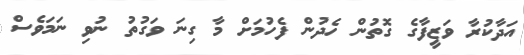
އަދާކުރާ ވަޒީފާގެ ގޮތުން ހެދުން ފެހުމަށް މާ ގިނަ ވަގުތު ނުވި ނަމަވެސް